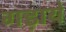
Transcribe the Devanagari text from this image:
गड़ाये